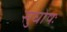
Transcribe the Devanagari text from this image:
सुघोषः